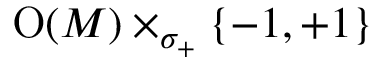
\operatorname { O } ( M ) \times _ { \sigma _ { + } } \{ - 1 , + 1 \}